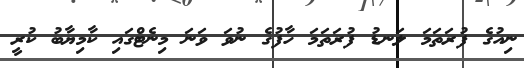
ނިއުގެ ފުރަތަމަ ލަނޑު ފުރަތަމަ ހާފުގެ ނުވަ ވަނަ މިނެޓްގައި ކާމިޔާބު ކުރީ